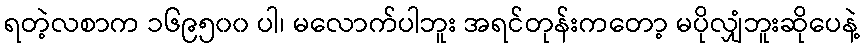
ရတဲ့လစာက ၁၆၉၅၀၀ ပါ၊ မလောက်ပါဘူး အရင်တုန်းကတော့ မပိုလျှံဘူးဆိုပေနဲ့